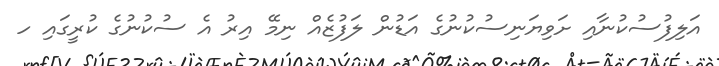
އަލިފުސުކުނާއި ށަވިޔަނިސުކުނުގެ އަޑުން ލަފުޒެއް ނިމޭ އިރު އެ ސުކުނުގެ ކުރީގައި ހ